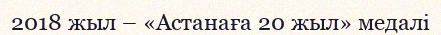
2018 жыл – «Астанаға 20 жыл» медалі